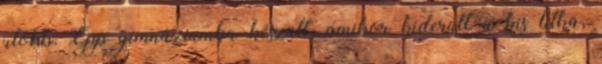
utóbb. Épp gimnáziumba készült, amikor kiderült a kis titka,